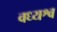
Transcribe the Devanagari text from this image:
वध्यश्व